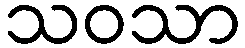
သဝသာ